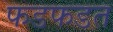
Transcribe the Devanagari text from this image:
फडफडत